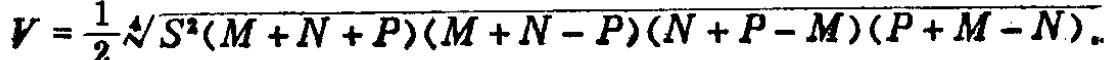
\[V = \frac{1}{2}\sqrt[4]{S^{2}(M + N + P)(M + N - P)(N + P - M)(P + M - N)}\]